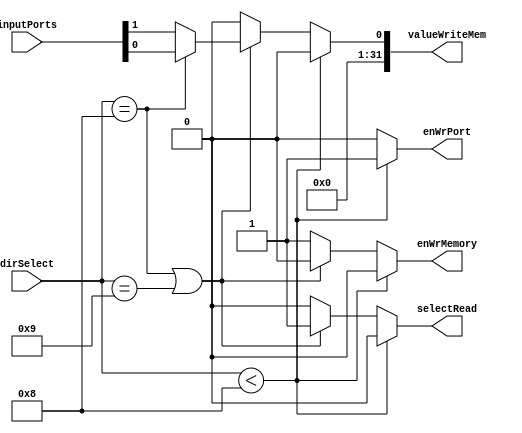
// Wilfer Daniel Ciro Maya - 2023

module port_memory(dirSelect, enWrMemory, enWrPort, selectRead, inputPorts, valueWriteMem);

    input [7:0] dirSelect;
    output reg enWrMemory;
    output reg enWrPort;
    output reg selectRead;
    input [1:0] inputPorts;
    output reg [31:0] valueWriteMem;
    
    always @(dirSelect) begin
        selectRead = 1'b0;
        valueWriteMem = 32'b0;
        enWrMemory = 1'b0;
        enWrPort = 1'b0;
        if (dirSelect < 7'd8)
        begin
            enWrMemory = 1'b0;
            enWrPort = 1'b1;
        end else if (dirSelect == 7'd8 || dirSelect == 7'd9) begin
            selectRead = 1'b1;
            if (dirSelect == 7'd8) begin
                valueWriteMem = {{31'b0}, inputPorts[0]};              
            end else begin
                valueWriteMem = {{31'b0}, inputPorts[1]};
            end
        end else begin
            enWrMemory = 1'b1;
            enWrPort = 1'b0;
        end
    end
    
endmodule